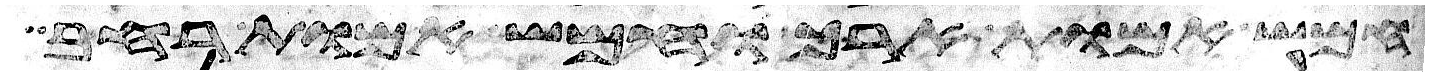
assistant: חמש אמות ארך וחמש אמות רחב